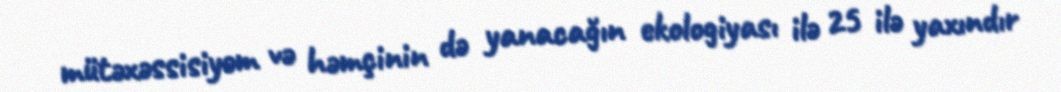
mütəxəssisiyəm və həmçinin də yanacağın ekologiyası ilə 25 ilə yaxındır